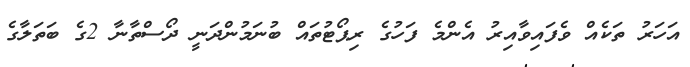
އަހަރު ތަކެއް ވެފައިވާއިރު އެންމެ ފަހުގެ ރިޕޯޓުތައް ބުނަމުންދަނީ ދޯސްތާނާ 2ގެ ބަތަލާގެ